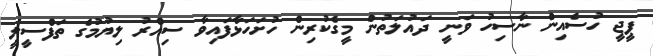
ޕީޖީ ހުސެއިން ނާސިހު ވަނީ ދައުލަތުން މީގެކުރިން ހުށަހަޅާފައިވާ ސިއްރު ލިޔުމުގެ ތަފްސީލީ